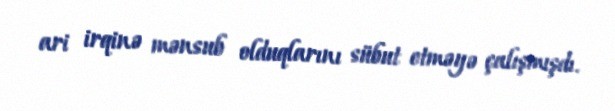
ari irqinə mənsub olduqlarını sübut etməyə çalışmışdı.